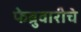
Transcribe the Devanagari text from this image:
फेब्रुवारीचे